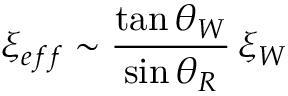
\xi _ { e f f } \sim { \frac { \tan \theta _ { W } } { \sin \theta _ { R } } } \, \xi _ { W }